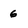
Character: 6